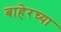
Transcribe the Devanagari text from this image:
बाहेरच्‍या